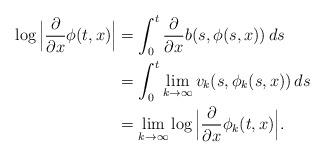
LaTeX: \begin{align*}\log\Big|\dfrac{\partial}{\partial x}\phi(t,x)\Big|&=\int_0^t\dfrac{\partial}{\partial x}b(s,\phi(s, x))\,ds\\&=\int_0^t \lim_{k\to\infty}v_k(s,\phi_k(s,x))\,ds\\&=\lim_{k\to \infty} \log\Big|\dfrac{\partial}{\partial x}\phi_k(t,x)\Big|.\end{align*}